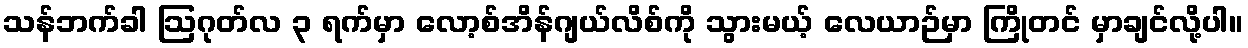
သန်ဘက်ခါ ဩဂုတ်လ ၃ ရက်မှာ လော့စ်အိန်ဂျယ်လိစ်ကို သွားမယ့် လေယာဉ်မှာ ကြိုတင် မှာချင်လို့ပါ။